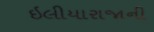
ઇલીયારાજાની